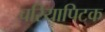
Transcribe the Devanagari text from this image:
चरियापिटक